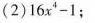
(2)$$16 x^{4}-1$$;